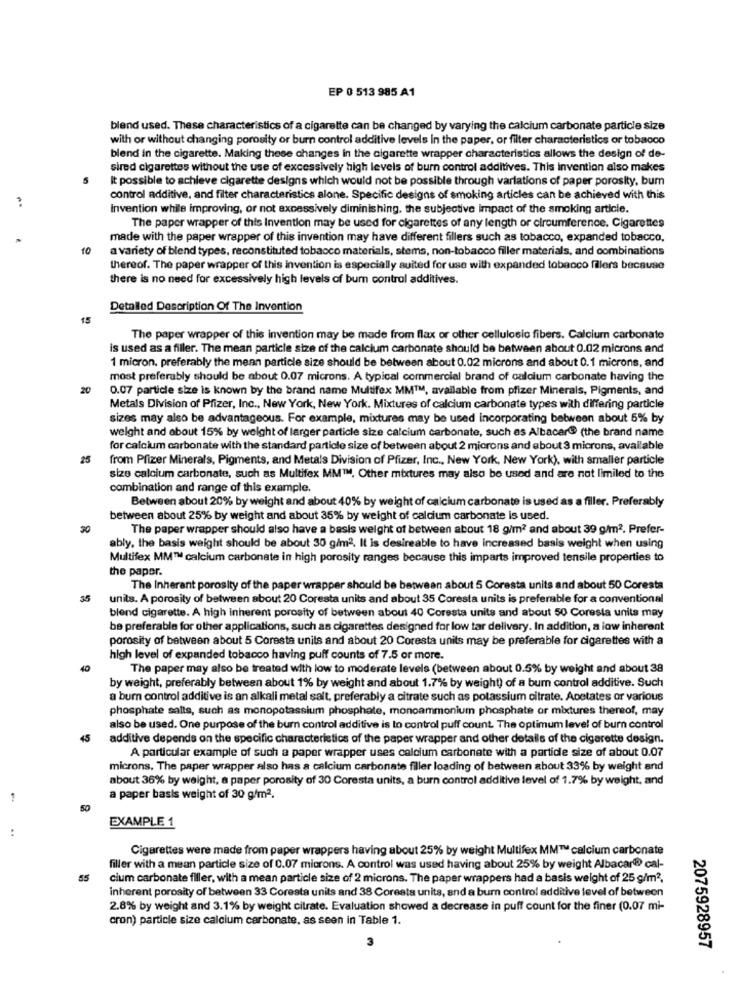
EP 0 513 985 A1
blend used. These characteristics of a cigarette can be changed by varying the calcium carbonate particle size
with or without changing porosity or burn control additive levels in the paper, or filter characteristics or tobacco
blend in the cigarette. Making these changes in the cigarette wrapper characteristics allows the design of de-
sired cigarettes without the use of excessively high levels of burn control additives. This invention also makes
It possible to achieve cigarette designs which would not be possible through variations of paper porosity, bum
control additive, and filter characteristics alone. Specific designs of smoking articles can be achieved with this
Invention while improving, or not excessively diminishing, the subjective impact of the smoking article.
The paper wrapper of this Invention may be used for cigarettes of any length or circumference. Cigarettes
made with the paper wrapper of this invention may have different fillers such as tobacco, expanded tobacco,
10
a variety of blend types, reconstituted tobacco materials, stems, non-tobacco filler materials, and combinations
thereof. The paper wrapper of this invention is especially suited for use with expanded tobacco fillers because
there is no need for excessively high levels of bum control additives.
Detailed Description Of The Invention
15
The paper wrapper of this invention may be made from flax or other cellulosic fibers. Calcium carbonate
is used as a filler. The mean particle size of the calcium carbonate should be between about 0.02 microns and
1 micron. preferably the mean particle size should be between about 0.02 microns and about 0.1 microns, and
most preferably should be about 0.07 microns. A typical commercial brand of calcium carbonate having the
20
0.07 particle size is known by the brand name Multifex MMIM, available from pfizer Minerals, Pigments, and
Metals Division of Pfizer, Inc ., New York, New York. Mixtures of calcium carbonate types with differing particle
sizes may also be advantageous. For example, mixtures may be used incorporating between about 5% by
weight and about 15% by weight of larger particle size calcium carbonate, such as Albacar@ (the brand name
for calcium carbonate with the standard particle size of between about 2 microns and about 3 microns, available
25
from Pfizer Minerals, Pigments, and Metals Division of Pfizer, Inc ., New York, New York), with smaller particle
size calcium carbonate, such as Multifex MM™. Other mixtures may also be used and are not limited to the
combination and range of this example.
Between about 20% by weight and about 40% by weight of calcium carbonate is used as a filler. Preferably
between about 25% by weight and about 35% by weight of calcium carbonate is used.
30
The paper wrapper should also have a basis weight of between about 18 g/m2 and about 39 g/m2. Prefer-
ably, the basis weight should be about 30 g/m2. It is desireable to have increased basis weight when using
Multifex MM™ calcium carbonate in high porosity ranges because this imparts improved tensile properties to
the paper.
The Inherant porosity of the paper wrapper should be between about 5 Coresta units and about 50 Coresta
35
units. A porosity of between about 20 Coresta units and about 35 Coresta units is preferable for a conventional
blend cigarette. A high inherent porosity of between about 40 Coresta units and about 50 Coresta units may
be preferable for other applications, such as cigarettes designed for low tar delivery. In addition, a low inherent
porosity of between about 5 Coresta units and about 20 Coresta units may be preferable for cigarettes with a
high level of expanded tobacco having puff counts of 7.5 or more.
40
The paper may also be treated with low to moderate levels (between about 0.5% by weight and about 38
by weight, preferably between about 1% by weight and about 1.7% by weight) of a bum control additive. Such
a burn control additive is an alkali metal salt, preferably a citrate such as potassium citrate. Acetates or various
phosphate salts, such as monopotassium phosphate, monoammonium phosphate or mixtures thereof, may
also be used. One purpose of the burn control additive is to control puff count. The optimum level of burn control
45
additive depends on the specific characteristics of the paper wrapper and other details of the cigarette design.
A particular example of such a paper wrapper uses calcium carbonate with a partide size of about 0.07
microns. The paper wrapper also has a calcium carbonate filler loading of between about 33% by weight and
about 36% by weight, a paper porosity of 30 Coresta units, a burn control additive level of 1.7% by weight, and
a paper basis weight of 30 g/m2.
50
EXAMPLE 1
Cigarettes were made from paper wrappers having about 25% by weight Multifex MM™ calcium carbonate
filler with a mean particle size of 0.07 microns. A control was used having about 25% by weight Albacar® cal-
55
cium carbonate filler, with a mean particle size of 2 microns. The paper wrappers had a basis weight of 25 g/m2.
inherent porosity of between 33 Coresta units and 38 Coresta units, and a burn control additive level of between
2.8% by weight and 3.1% by weight citrate. Evaluation showed a decrease in puff count for the finer (0.07 mi-
cron) particle size calcium carbonate, as seen in Table 1.
2075928957